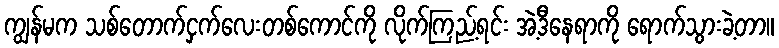
ကျွန်မက သစ်တောက်ငှက်လေးတစ်ကောင်ကို လိုက်ကြည့်ရင်း အဲ့ဒီနေရာကို ရောက်သွားခဲ့တာ။